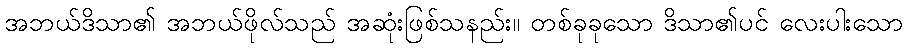
အဘယ်ဒိသာ၏ အဘယ်ဖိုလ်သည် အဆုံးဖြစ်သနည်း။ တစ်ခုခုသော ဒိသာ၏ပင် လေးပါးသော